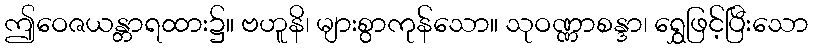
ဤဝေဇယန္တာရထား၌။ ဗဟူနိ၊ များစွာကုန်သော။ သုဝဏ္ဏာစန္ဒာ၊ ရွှေဖြင့်ပြီးသော